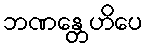
ဘဏန္တေဟိပေ